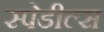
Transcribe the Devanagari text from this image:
स्पेडील्स